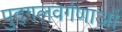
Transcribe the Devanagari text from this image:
पुद्गलवर्गणाओं